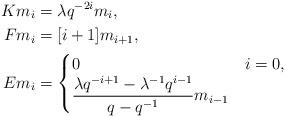
LaTeX: \begin{align*} Km_i &= \lambda q^{-2i} m_i,\\Fm_i &= [i+1]m_{i+1},\\ Em_i &=\begin{cases}0 & i=0,\\\dfrac{\lambda q^{-i+1} - \lambda^{-1}q^{i-1}}{q-q^{-1}} m_{i-1} & \end{cases}\end{align*}